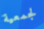
لجمعية